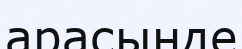
арасынде